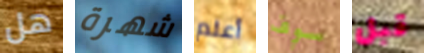
هل شهرة أعلم سوف قبل